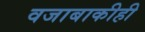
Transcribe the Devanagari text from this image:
वजाबाकीही